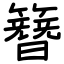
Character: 簪